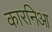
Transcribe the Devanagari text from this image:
कारनिआ